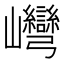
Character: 𡿞